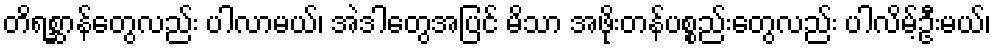
တိရစ္ဆာန်တွေလည်း ပါလာမယ်၊ အဲဒါတွေအပြင် မိသာ အဖိုးတန်ပစ္စည်းတွေလည်း ပါလိမ့်ဦးမယ်၊